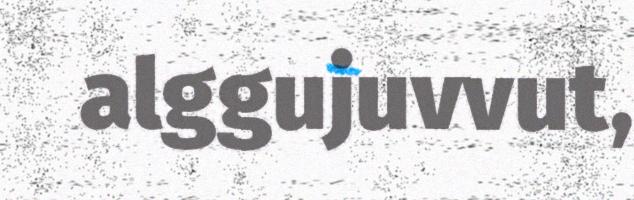
alggujuvvut,